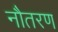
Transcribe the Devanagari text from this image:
नौतरण